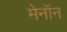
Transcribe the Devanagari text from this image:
मेनॉन